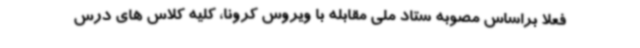
فعلا براساس مصوبه ستاد ملی مقابله با ویروس کرونا، کلیه کلاس های درس